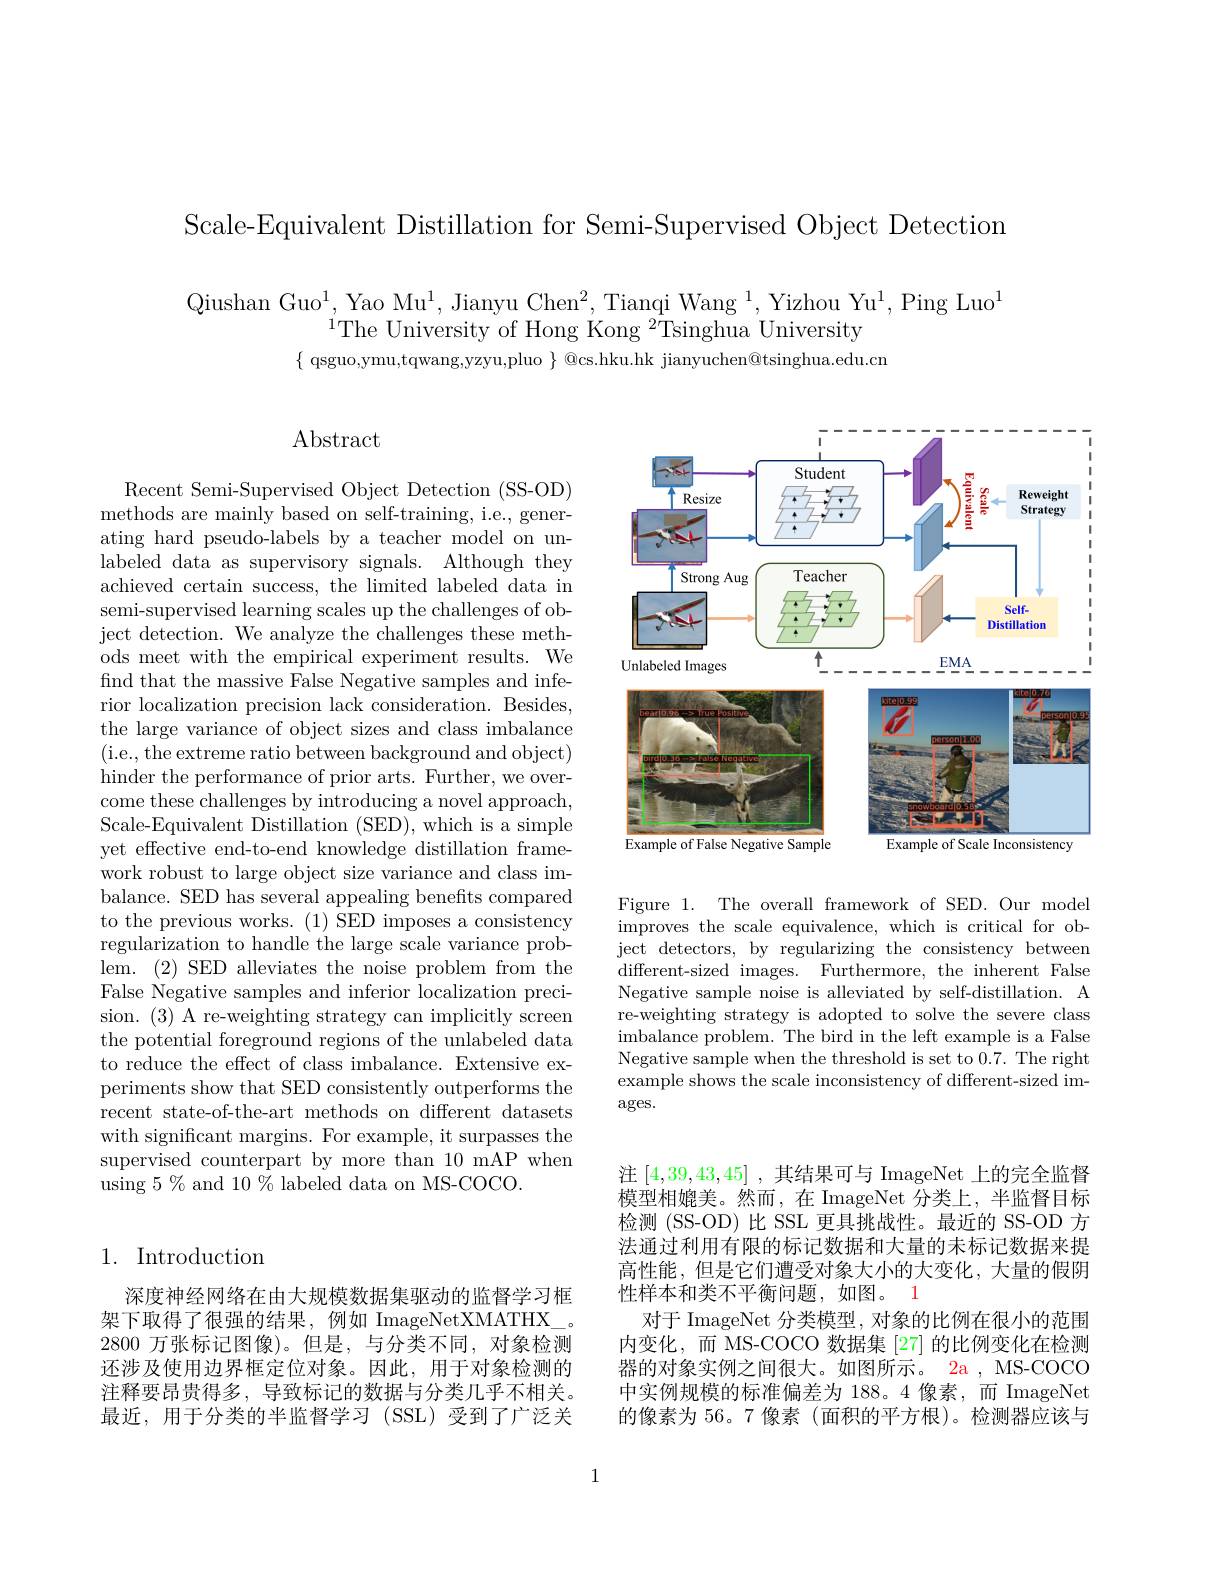
Scale-Equivalent Distillation for Semi-Supervised Object Detection

Qiushan Guo$^1$, Yao Mu$^1$, Jianyu Chen$^2,\text{Tianqi Wang }^1,\text{Yizhou Yu}^1$,Ping Luo$^1$
$^{1}$The University of Hong Kong $^2\tilde{\mathrm{Tsinghua~University}}$
$\{$ qsguo,ymu,tqwang,yzyu,pluo $\}$ @cs.hku.hk jianyuchen@tsinghua.edu.cn

# $\operatorname{Abstract}$

Recent Semi-Supervised Object Detection (SS-OD) methods are mainly based on self-training, i.e., generating hard pseudo-labels by a teacher model on unlabeled data as supervisory signals. Although they achieved certain success, the limited labeled data in semi-supervised learning scales up the challenges of object detection. We analyze the challenges these methods meet with the empirical experiment results. We find that the massive False Negative samples and inferior localization precision lack consideration. Besides, the large variance of object sizes and class imbalance (i.e., the extreme ratio between background and object) hinder the performance of prior arts. Further, we overcome these challenges by introducing a novel approach, Scale-Equivalent Distillation (SED), which is a simple yet effective end-to-end knowledge distillation framework robust to large object size variance and class imbalance. SED has several appealing benefits compared to the previous works. (1) SED imposes a consistency regularization to handle the large scale variance problem. (2) SED alleviates the noise problem from the False Negative samples and inferior localization precision. (3) A re-weighting strategy can implicitly screen the potential foreground regions of the unlabeled data to reduce the effect of class imbalance. Extensive experiments show that SED consistently outperforms the recent state-of-the-art methods on different datasets with significant margins. For example, it surpasses the supervised counterpart by more than 10 mAP when using $5\%$ and 10% labeled data on MS-COCO.

## 1. Introduction

深度神经网络在由大规模数据集驱动的监督学习框架下取得了很强的结果，例如 ImageNetXMATHX\_ 2800万张标记图像)。但是，与分类不同，对象检测还涉及使用边界框定位对象。因此，用于对象检测的注释要昂贵得多，导致标记的数据与分类几乎不相关。最近，用于分类的半监督学习(SSL)受到了广泛关

<FigureHere>

Figure 1. The overall framework of SED. Our model improves the scale equivalence, which is critical for object detectors, by regularizing the consistency between different-sized images. Furthermore, the inherent False Negative sample noise is alleviated by self-distillation. A re-weighting strategy is adopted to solve the severe class ${\mathrm{imbalance~problem.~The~bird~in~the~left~example~is~a~False}}$ Negative sample when the threshold is set to 0.7. The right example shows the scale inconsistency of different-sized im- $\arg$es.

注[4,39,43,45] ,其结果可与 ImageNet 上的完全监督模型相媲美。然而，在 ImageNet 分类上，半监督目标检测(SS-OD)比 SSL 更具挑战性。最近的 SS-OD 方法通过利用有限的标记数据和大量的未标记数据来提高性能，但是它们遭受对象大小的大变化，大量的假阴性样本和类不平衡问题，如图。1
对于 ImageNet 分类模型，对象的比例在很小的范围内变化，而 MS-COCO 数据集 [27] 的比例变化在检测器的对象实例之间很大。如图所示。2a , MS-COCC 中实例规模的标准偏差为 188。4 像素，而 ImageNet 的像素为 56。7 像素 (面积的平方根)。检测器应该与

1